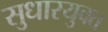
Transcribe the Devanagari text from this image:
सुधारयुक्त